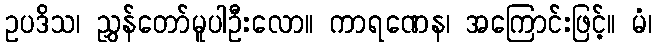
ဥပဒိသ၊ ညွှန်တော်မူပါဦးလော။ ကာရဏေန၊ အကြောင်းဖြင့်။ မံ၊